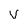
Character: V